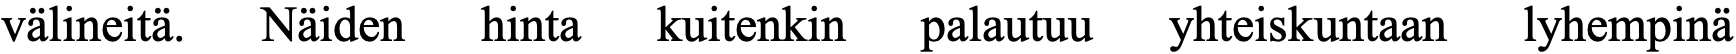
välineitä. Näiden hinta kuitenkin palautuu yhteiskuntaan lyhempinä